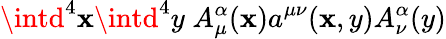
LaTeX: \intd^{4}\mathbf{x}\intd^{4}y\; A_{\mu}^{\alpha}(\mathbf{x})a^{\mu\nu}(\mathbf{x},y)A_{\nu}^{\alpha}(y)